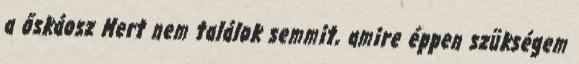
a őskáosz Mert nem találok semmit, amire éppen szükségem